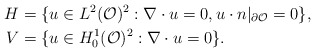
\begin{align*}H &= \{ u \in L^2(\mathcal{O})^2: \nabla \cdot u = 0, u \cdot n |_{\partial \mathcal{O}} = 0 \}, \\V &= \{ u \in H_0^1(\mathcal{O})^2: \nabla \cdot u = 0 \}. \end{align*}